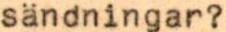
sändningar?